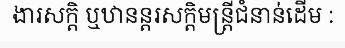
ងារសក្តិ ឬឋានន្តរសក្តិមន្ត្រីជំនាន់ដើម :